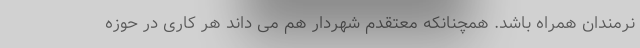
نرمندان همراه باشد. همچنانکه معتقدم شهردار هم می داند هر کاری در حوزه